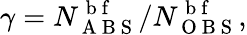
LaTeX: \gamma=N_{\mathrm{~A~B~S~}}^{\mathrm{~b~f~}}/N_{\mathrm{~O~B~S~}}^{\mathrm{~b~f~}},